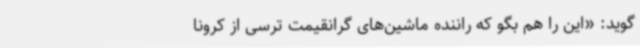
‌گوید: «این را هم بگو که راننده ماشین‌های گرانقیمت ترسی از کرونا